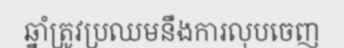
ឆ្នាំត្រូវប្រឈមនឹងការលុបចេញ